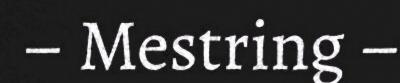
– Mestring –